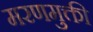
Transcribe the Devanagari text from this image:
मरणमुक्ती